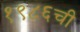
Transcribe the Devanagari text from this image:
१९८६ची